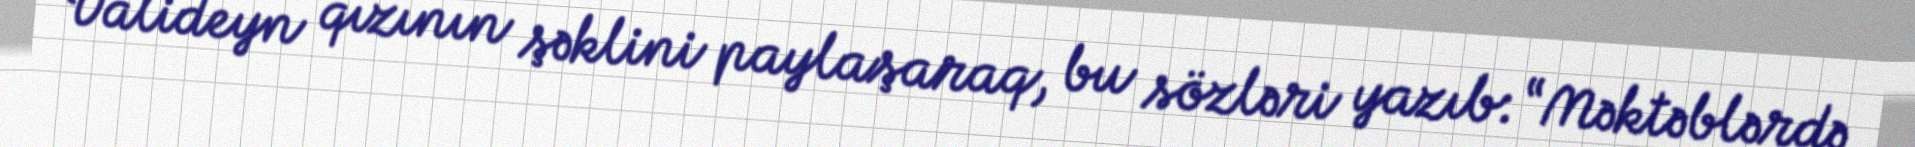
Valideyn qızının şəklini paylaşaraq, bu sözləri yazıb: “Məktəblərdə